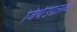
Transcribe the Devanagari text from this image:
जिथेउपलब्ध